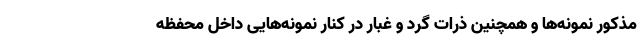
مذکور نمونه‌ها و همچنین ذرات گرد و غبار در کنار نمونه‌هایی داخل محفظه